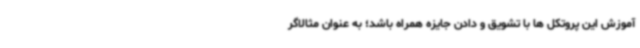
آموزش این پروتکل ها با تشویق و دادن جایزه همراه باشد؛ به عنوان مثالاگر